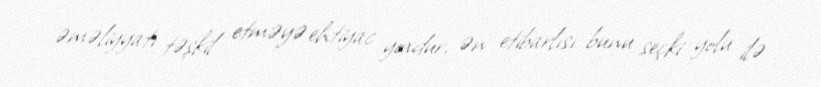
əməliyyatı təşkil etməyə ehtiyac yoxdur, ən etibarlısı bunu seçki yolu ilə